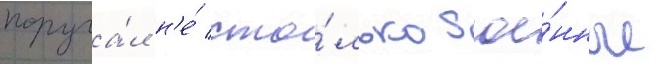
поруча́л н'е́ сто́лько вое́нные